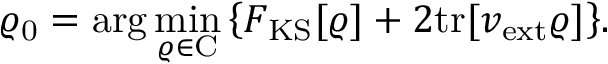
{ \displaystyle \varrho _ { \mathrm { 0 } } = \arg \operatorname* { m i n } _ { \varrho \in \mathrm { C } } \left\{ F _ { \mathrm { K S } } [ \varrho ] + 2 \mathrm { t r } [ v _ { \mathrm { e x t } } \varrho ] \right\} } .